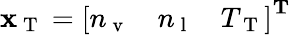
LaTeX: \mathbf{x}_{\mathrm{~T~}}=\left[\begin{array}{lll}{n_{\mathrm{~v~}}}&{n_{\mathrm{~l~}}}&{T_{\mathrm{~T~}}}\end{array}\right]^{\mathbf{T}}